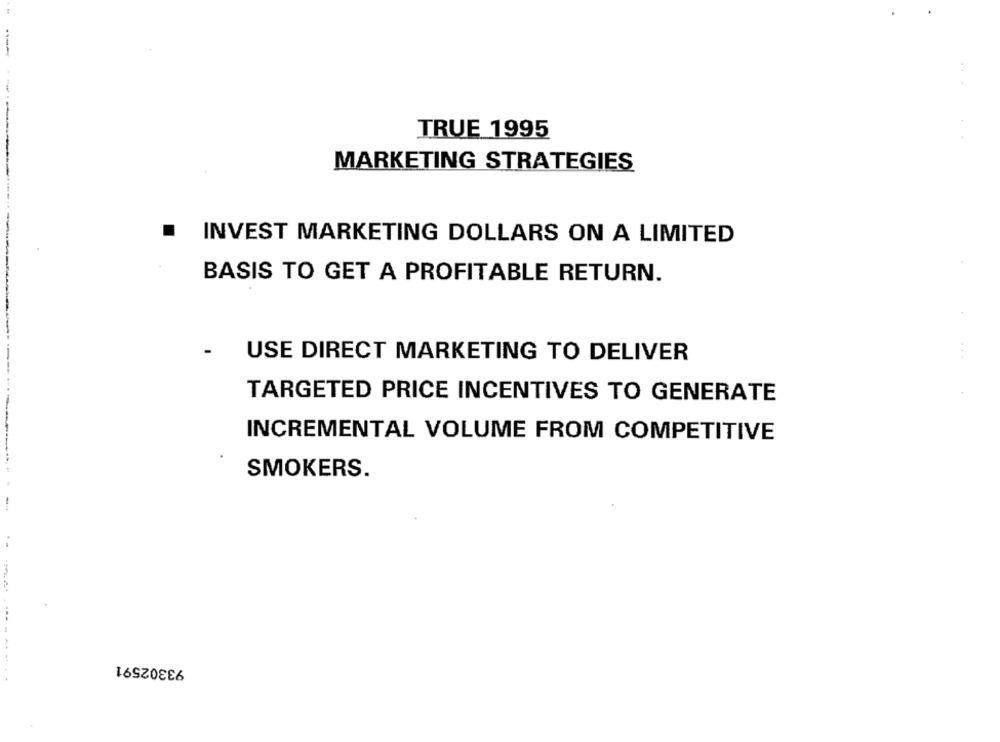
TRUE 1995
MARKETING STRATEGIES
--
.
INVEST MARKETING DOLLARS ON A LIMITED
BASIS TO GET A PROFITABLE RETURN.
-
USE DIRECT MARKETING TO DELIVER
TARGETED PRICE INCENTIVES TO GENERATE
INCREMENTAL VOLUME FROM COMPETITIVE
SMOKERS.
--
93302591